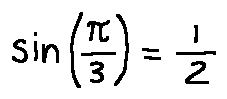
\sin ( \frac { \pi } { 3 } ) = \frac { 1 } { 2 }